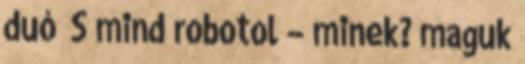
duó S mind robotol – minek? maguk